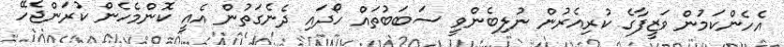
އެހެންކަމުން ވަޒީފާގެ ކުރިއެރުން ނުލިބެންވީ ސަބަބުތައް ހޯދައި ދެނެގަތުން އެއީ ކޮންމެހެން ކުރަންޖެހޭ